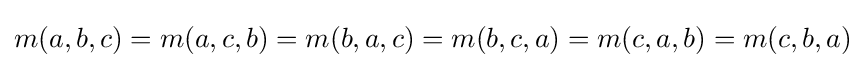
m(a,b,c)=m(a,c,b)=m(b,a,c)=m(b,c,a)=m(c,a,b)=m(c,b,a)